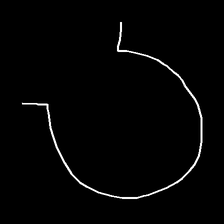
Glyph: weave